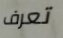
تعرف